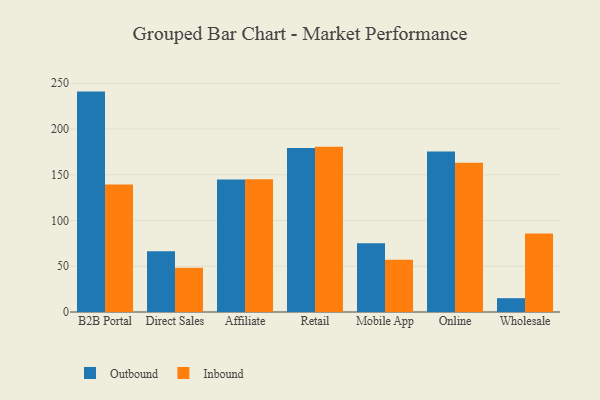
{"axis": {"x": "Channel", "y": "Bounce Rate (%)"}, "legend": ["Inbound", "Outbound"], "data": [{"x": "B2B Portal", "y": 240.9, "type": "Outbound"}, {"x": "B2B Portal", "y": 139.4, "type": "Inbound"}, {"x": "Direct Sales", "y": 66.4, "type": "Outbound"}, {"x": "Direct Sales", "y": 48.3, "type": "Inbound"}, {"x": "Affiliate", "y": 144.8, "type": "Outbound"}, {"x": "Affiliate", "y": 145.1, "type": "Inbound"}, {"x": "Retail", "y": 179.3, "type": "Outbound"}, {"x": "Retail", "y": 180.6, "type": "Inbound"}, {"x": "Mobile App", "y": 75.1, "type": "Outbound"}, {"x": "Mobile App", "y": 57.0, "type": "Inbound"}, {"x": "Online", "y": 175.5, "type": "Outbound"}, {"x": "Online", "y": 163.2, "type": "Inbound"}, {"x": "Wholesale", "y": 15.1, "type": "Outbound"}, {"x": "Wholesale", "y": 85.8, "type": "Inbound"}]}